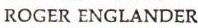
ROGER ENGLANDER